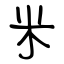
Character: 米